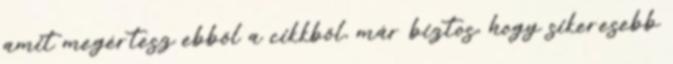
amit megértesz ebből a cikkből, már biztos, hogy sikeresebb